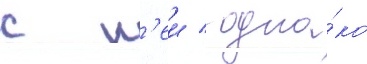
с н'еи / одна́ко